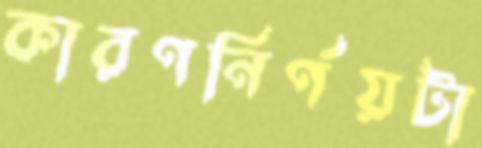
কারণনির্ণয়টা